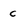
Character: c